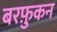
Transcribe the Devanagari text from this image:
बरफ़ुकन